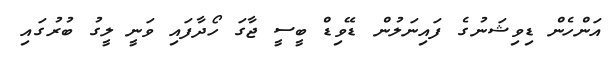
އަންހެން ޑިވިޝަނުގެ ފައިނަލުން ޑޭވިޑް ބީސީ ޖާގަ ހޯދާފައި ވަނީ ލީގު ބުރުގައި